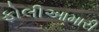
ફોલીઆમારી